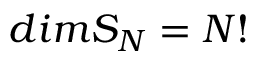
d i m S _ { N } = N !